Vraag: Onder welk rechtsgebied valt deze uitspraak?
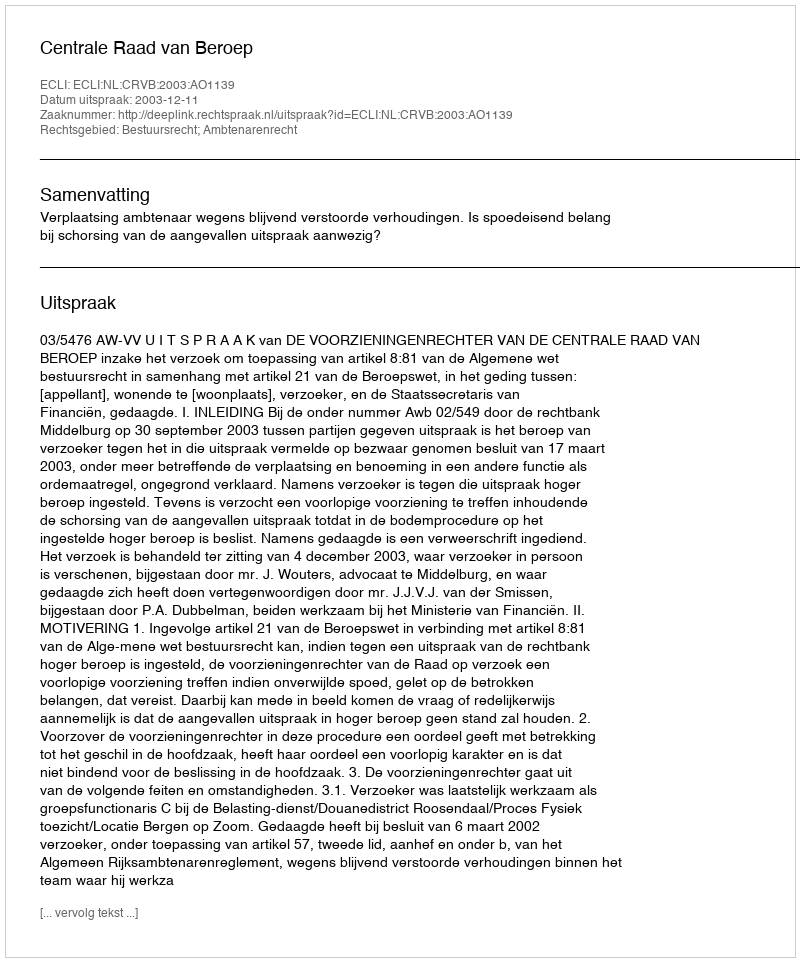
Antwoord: Bestuursrecht; Ambtenarenrecht